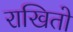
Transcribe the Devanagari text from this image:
राखितो